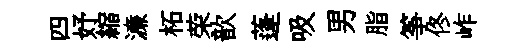
四妤縮濓柘荣歆蓬吸男脂筝佟岞